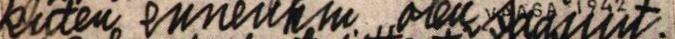
kuten ennenkin olen saanut.